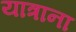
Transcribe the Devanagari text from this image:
यात्राना